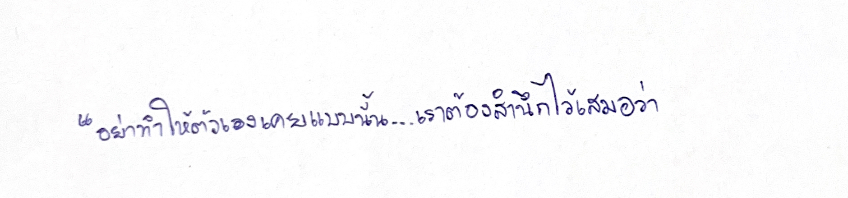
"อย่าทำให้ตัวเองเคยแบบนั้น...เราต้องสำนึกไว้เสมอว่า